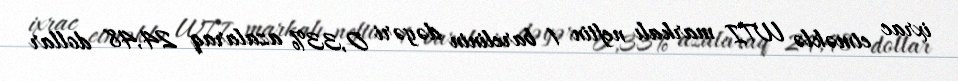
ixrac etməklə WTI markalı neftin 1 barelinin dəyəri 0,33% azalaraq 24,48 dollar